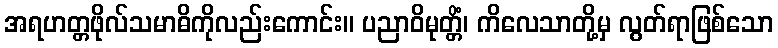
အရဟတ္တဖိုလ်သမာဓိကိုလည်းကောင်း။ ပညာဝိမုတ္တိံ၊ ကိလေသာတို့မှ လွတ်ရာဖြစ်သော